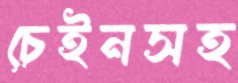
চেইনসহ